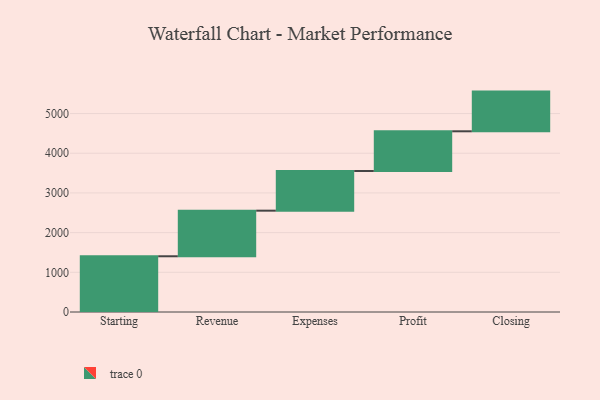
{"axis": {"x": "Step", "y": "Value"}, "legend": [""], "data": [{"x": "Starting", "y": 1404.0, "type": ""}, {"x": "Revenue", "y": 1149.0, "type": ""}, {"x": "Expenses", "y": 1000, "type": ""}, {"x": "Profit", "y": 1000, "type": ""}, {"x": "Closing", "y": 1000, "type": ""}]}